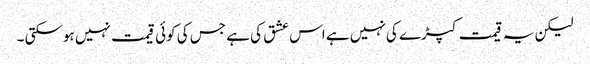
لیکن یہ قیمت کپڑے کی نہیں ہے اس عشق کی ہے جس کی کوئی قیمت نہیں ہوسکتی ۔